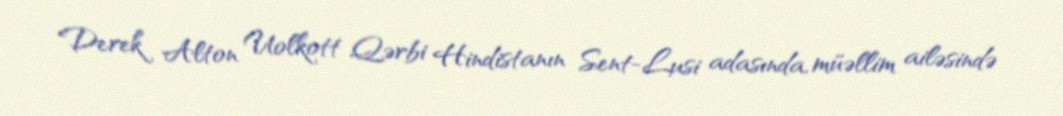
Derek Alton Uolkott Qərbi Hindistanın Sent-Lusi adasında, müəllim ailəsində